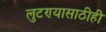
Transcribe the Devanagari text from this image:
लुटण्यासाठीही